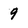
Character: 9